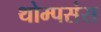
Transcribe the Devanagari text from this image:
थोम्पसंस